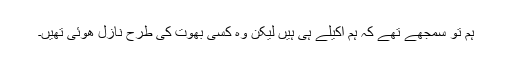
ہم تو سمجھے تھے کہ ہم اکیلے ہی ہیں لیکن وہ کسی بھوت کی طرح نازل ھوئی تھیں۔